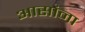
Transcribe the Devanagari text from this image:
आसांना